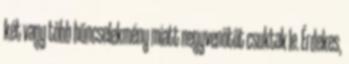
két vagy több bűncselekmény miatt negyvenötöt csuktak le. Érdekes,